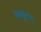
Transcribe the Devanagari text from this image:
थम्बुरान्